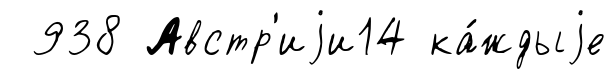
938 Австр'иjи14 ка́ждыjе